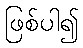
ဖြစ်ပါ၍